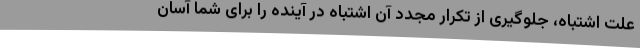
علت اشتباه، جلوگیری از تکرار مجدد آن اشتباه در آینده را برای شما آسان